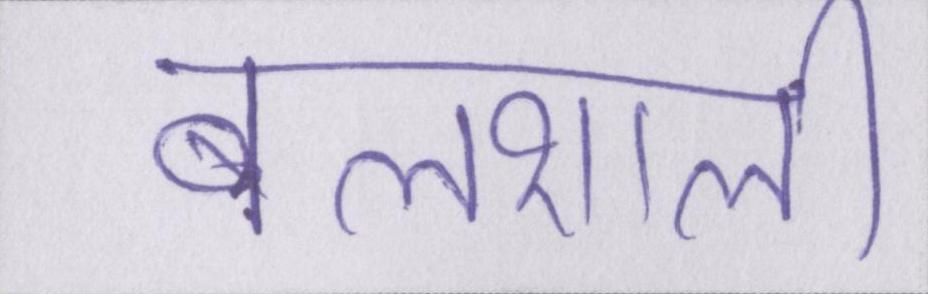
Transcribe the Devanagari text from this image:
बलशाली